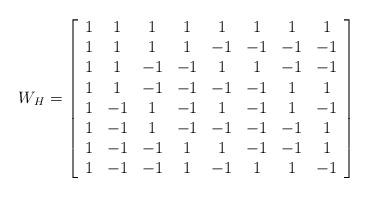
LaTeX: \begin{align*}W_{H}=\left[ \begin{array}{cccccccc}1 & 1 & 1 & 1 & 1 & 1 & 1 & 1 \\ 1 & 1 & 1 & 1 & -1 & -1 & -1 & -1 \\ 1 & 1 & -1 & -1 & 1 & 1 & -1 & -1 \\ 1 & 1 & -1 & -1 & -1 & -1 & 1 & 1 \\ 1 & -1 & 1 & -1 & 1 & -1 & 1 & -1 \\ 1 & -1 & 1 & -1 & -1 & -1 & -1 & 1 \\ 1 & -1 & -1 & 1 & 1 & -1 & -1 & 1 \\ 1 & -1 & -1 & 1 & -1 & 1 & 1 & -1\end{array}\right] \end{align*}